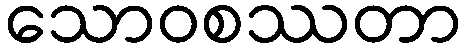
သောဝစဿတာ